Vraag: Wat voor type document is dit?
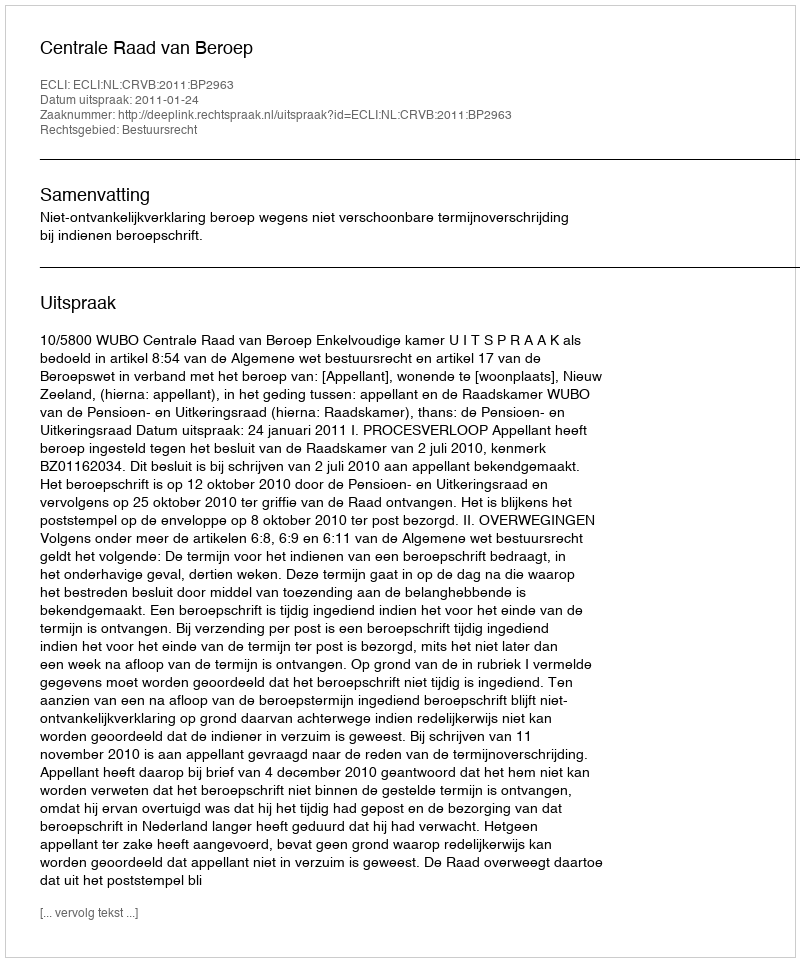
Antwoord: Uitspraak